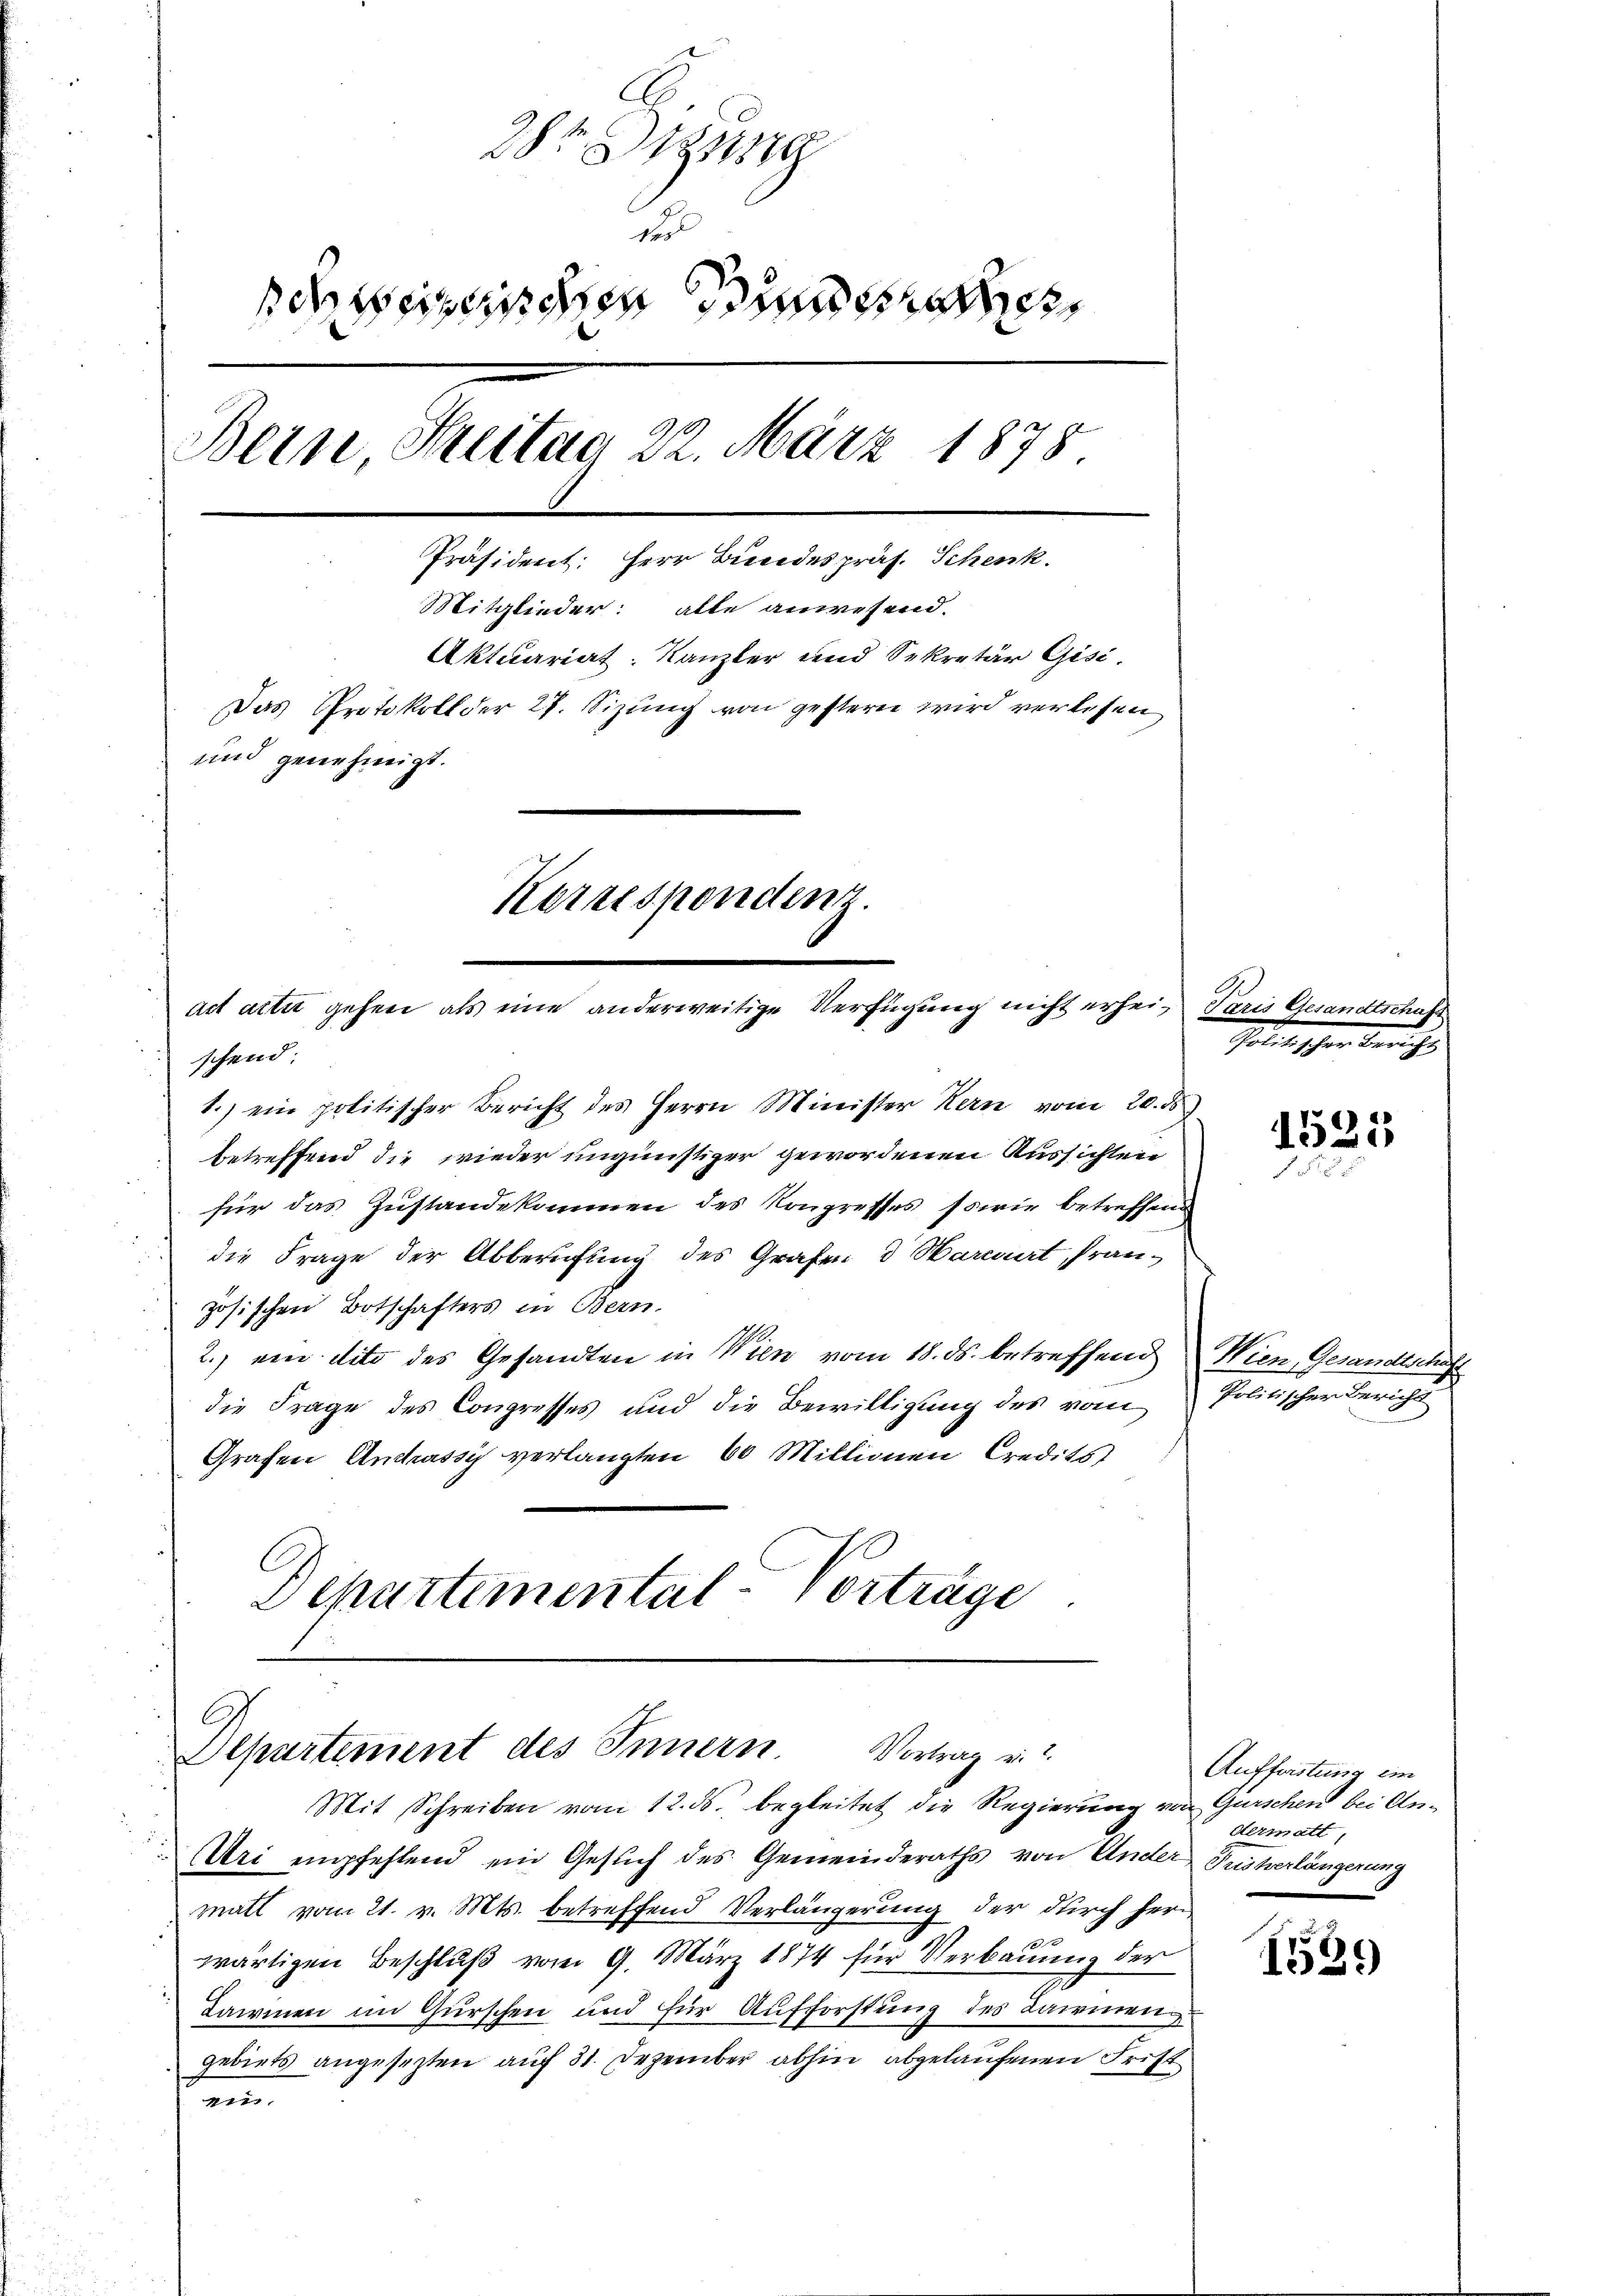
284. 1821819
der
d Weizerischen Bundesrat
Bein Streitag 22. März 1878
Präsident: Herr Bundespräs. Schenk.
Mitglieder: alle anwesend.
Aktuariat. Kanzler und Sekretär Gisi¬
Das Protokoll der 27. Sizung von gestern wird verlesen
und genehmigt.
Kerrespondenz.
act atte gehen als eine anderweitige Verfügung nicht erhein Paris Gesandtschaf

schend:

1.) ein politischer Bericht des Herrn Minister Kern vom 20. ds
betreffend die wieder ungünstiger gewordenen Aussichten
für das Zustandekommen des Kongresses sowie betreffend
die Frage der Abberufung des Grafen d Mariert, französischen Botschafters in Bern.
2.) ein dito des Gesandten in Wien vom 18. ds. betreffend Wien, Gesandtschaft
die Frage des Congresses und die Bewilligung des vom Politischer Bericht
Grafen Antrassy verlangten 60 Millionen Credits)
Departemental-Vorträge

Departement des Innern. Vortrag u.
Mit Schreiben vom 12. ds. begleitet die Regierung von Gurschen bei An¬
Uri empfehlend ein Gesuch des Gemeinderaths von Ander Priskerlängerung

matt vom 21. v. Mts. betreffend Verlängerung der durch her-
2
wärtigen Beschluß vom 9. März 1874 für Verbauung der
ammen im Gurschen und für Aufforstung des Baumen
gebiets angesezten auf 31. Dezember abhin abgelaufenen Frist
ein.

Golitischer den ge

1525
15

Auffristung ein
dermatt,

1529